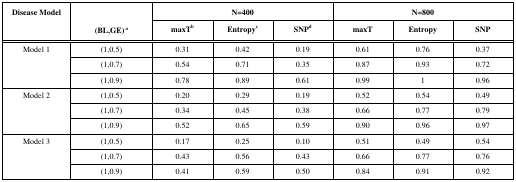
| <ROWSPAN=2> Disease Model | <ROWSPAN=2> (BL,GE) a | <COLSPAN=3> N=400 | <COLSPAN=3> N=800 |
 | maxTb | Entropyc | SNPd | maxT | Entropy | SNP |
 | --- | --- | --- | --- | --- | --- | --- | --- |
 | <ROWSPAN=3> Model 1 | (1,0.5) | 0.31 | 0.42 | 0.19 | 0.61 | 0.76 | 0.37 |
 | (1,0.7) | 0.54 | 0.71 | 0.35 | 0.87 | 0.93 | 0.72 |
 | (1,0.9) | 0.78 | 0.89 | 0.61 | 0.99 | 1 | 0.96 |
 | <ROWSPAN=3> Model 2 | (1,0.5) | 0.20 | 0.29 | 0.19 | 0.52 | 0.54 | 0.49 |
 | (1,0.7) | 0.34 | 0.45 | 0.38 | 0.66 | 0.77 | 0.79 |
 | (1,0.9) | 0.52 | 0.65 | 0.59 | 0.90 | 0.96 | 0.97 |
 | <ROWSPAN=3> Model 3 | (1,0.5) | 0.17 | 0.25 | 0.10 | 0.51 | 0.49 | 0.54 |
 | (1,0.7) | 0.43 | 0.56 | 0.43 | 0.66 | 0.77 | 0.76 |
 | (1,0.9) | 0.41 | 0.59 | 0.50 | 0.84 | 0.91 | 0.92 |